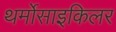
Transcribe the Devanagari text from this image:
थर्मोसाइकिलर